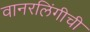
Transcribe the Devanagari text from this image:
वानरलिंगीची